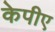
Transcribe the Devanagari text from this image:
केपीए